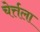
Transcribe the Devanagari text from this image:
चेर्त्तला